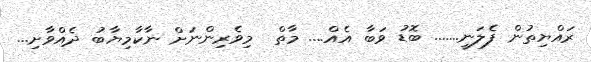
ރައްޔިތުން ފެލަނީ....... ބޮޑު ވަބާ އެއް.... މާތް  މިވެރިންނަށް ނާކާމިޔާބު ދެއްވާށި...